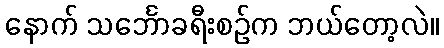
နောက် သင်္ဘောခရီးစဉ်က ဘယ်တော့လဲ။